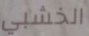
الخشبي